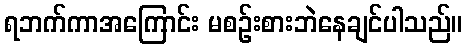
ရဘက်ကာအကြောင်း မစဉ်းစားဘဲနေချင်ပါသည်။